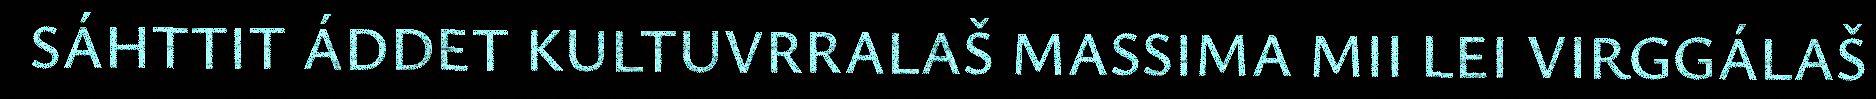
SÁHTTIT ÁDDET KULTUVRRALAŠ MASSIMA MII LEI VIRGGÁLAŠ